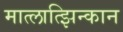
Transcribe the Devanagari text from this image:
मात्लात्झिन्कान